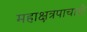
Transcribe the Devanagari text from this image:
महाक्षत्रपाचाही